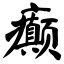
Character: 癫